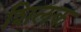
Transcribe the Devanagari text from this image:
शिलक